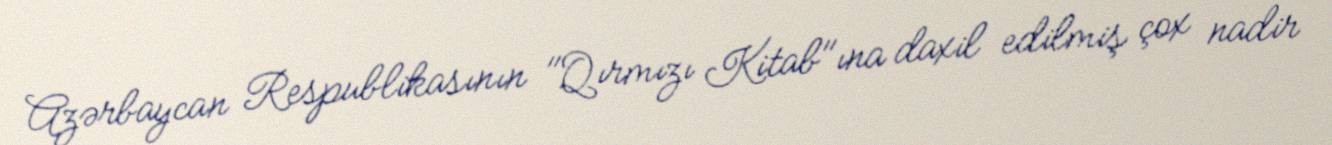
Azərbaycan Respublikasının "Qırmızı Kitab"ına daxil edilmiş çox nadir